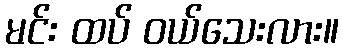
မင်း ထပ် ဝယ်သေးလား။